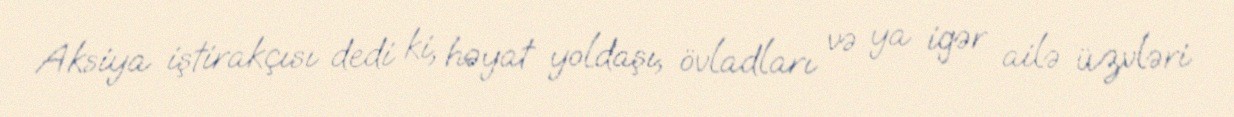
Aksiya iştirakçısı dedi ki, həyat yoldaşı, övladları və ya igər ailə üzvləri